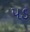
પડ